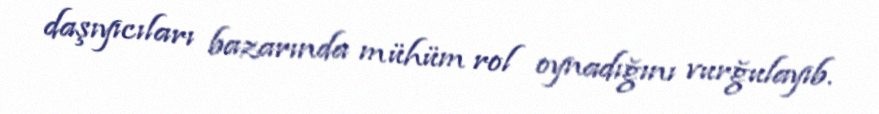
daşıyıcıları bazarında mühüm rol oynadığını vurğulayıb.